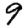
Digit: 9